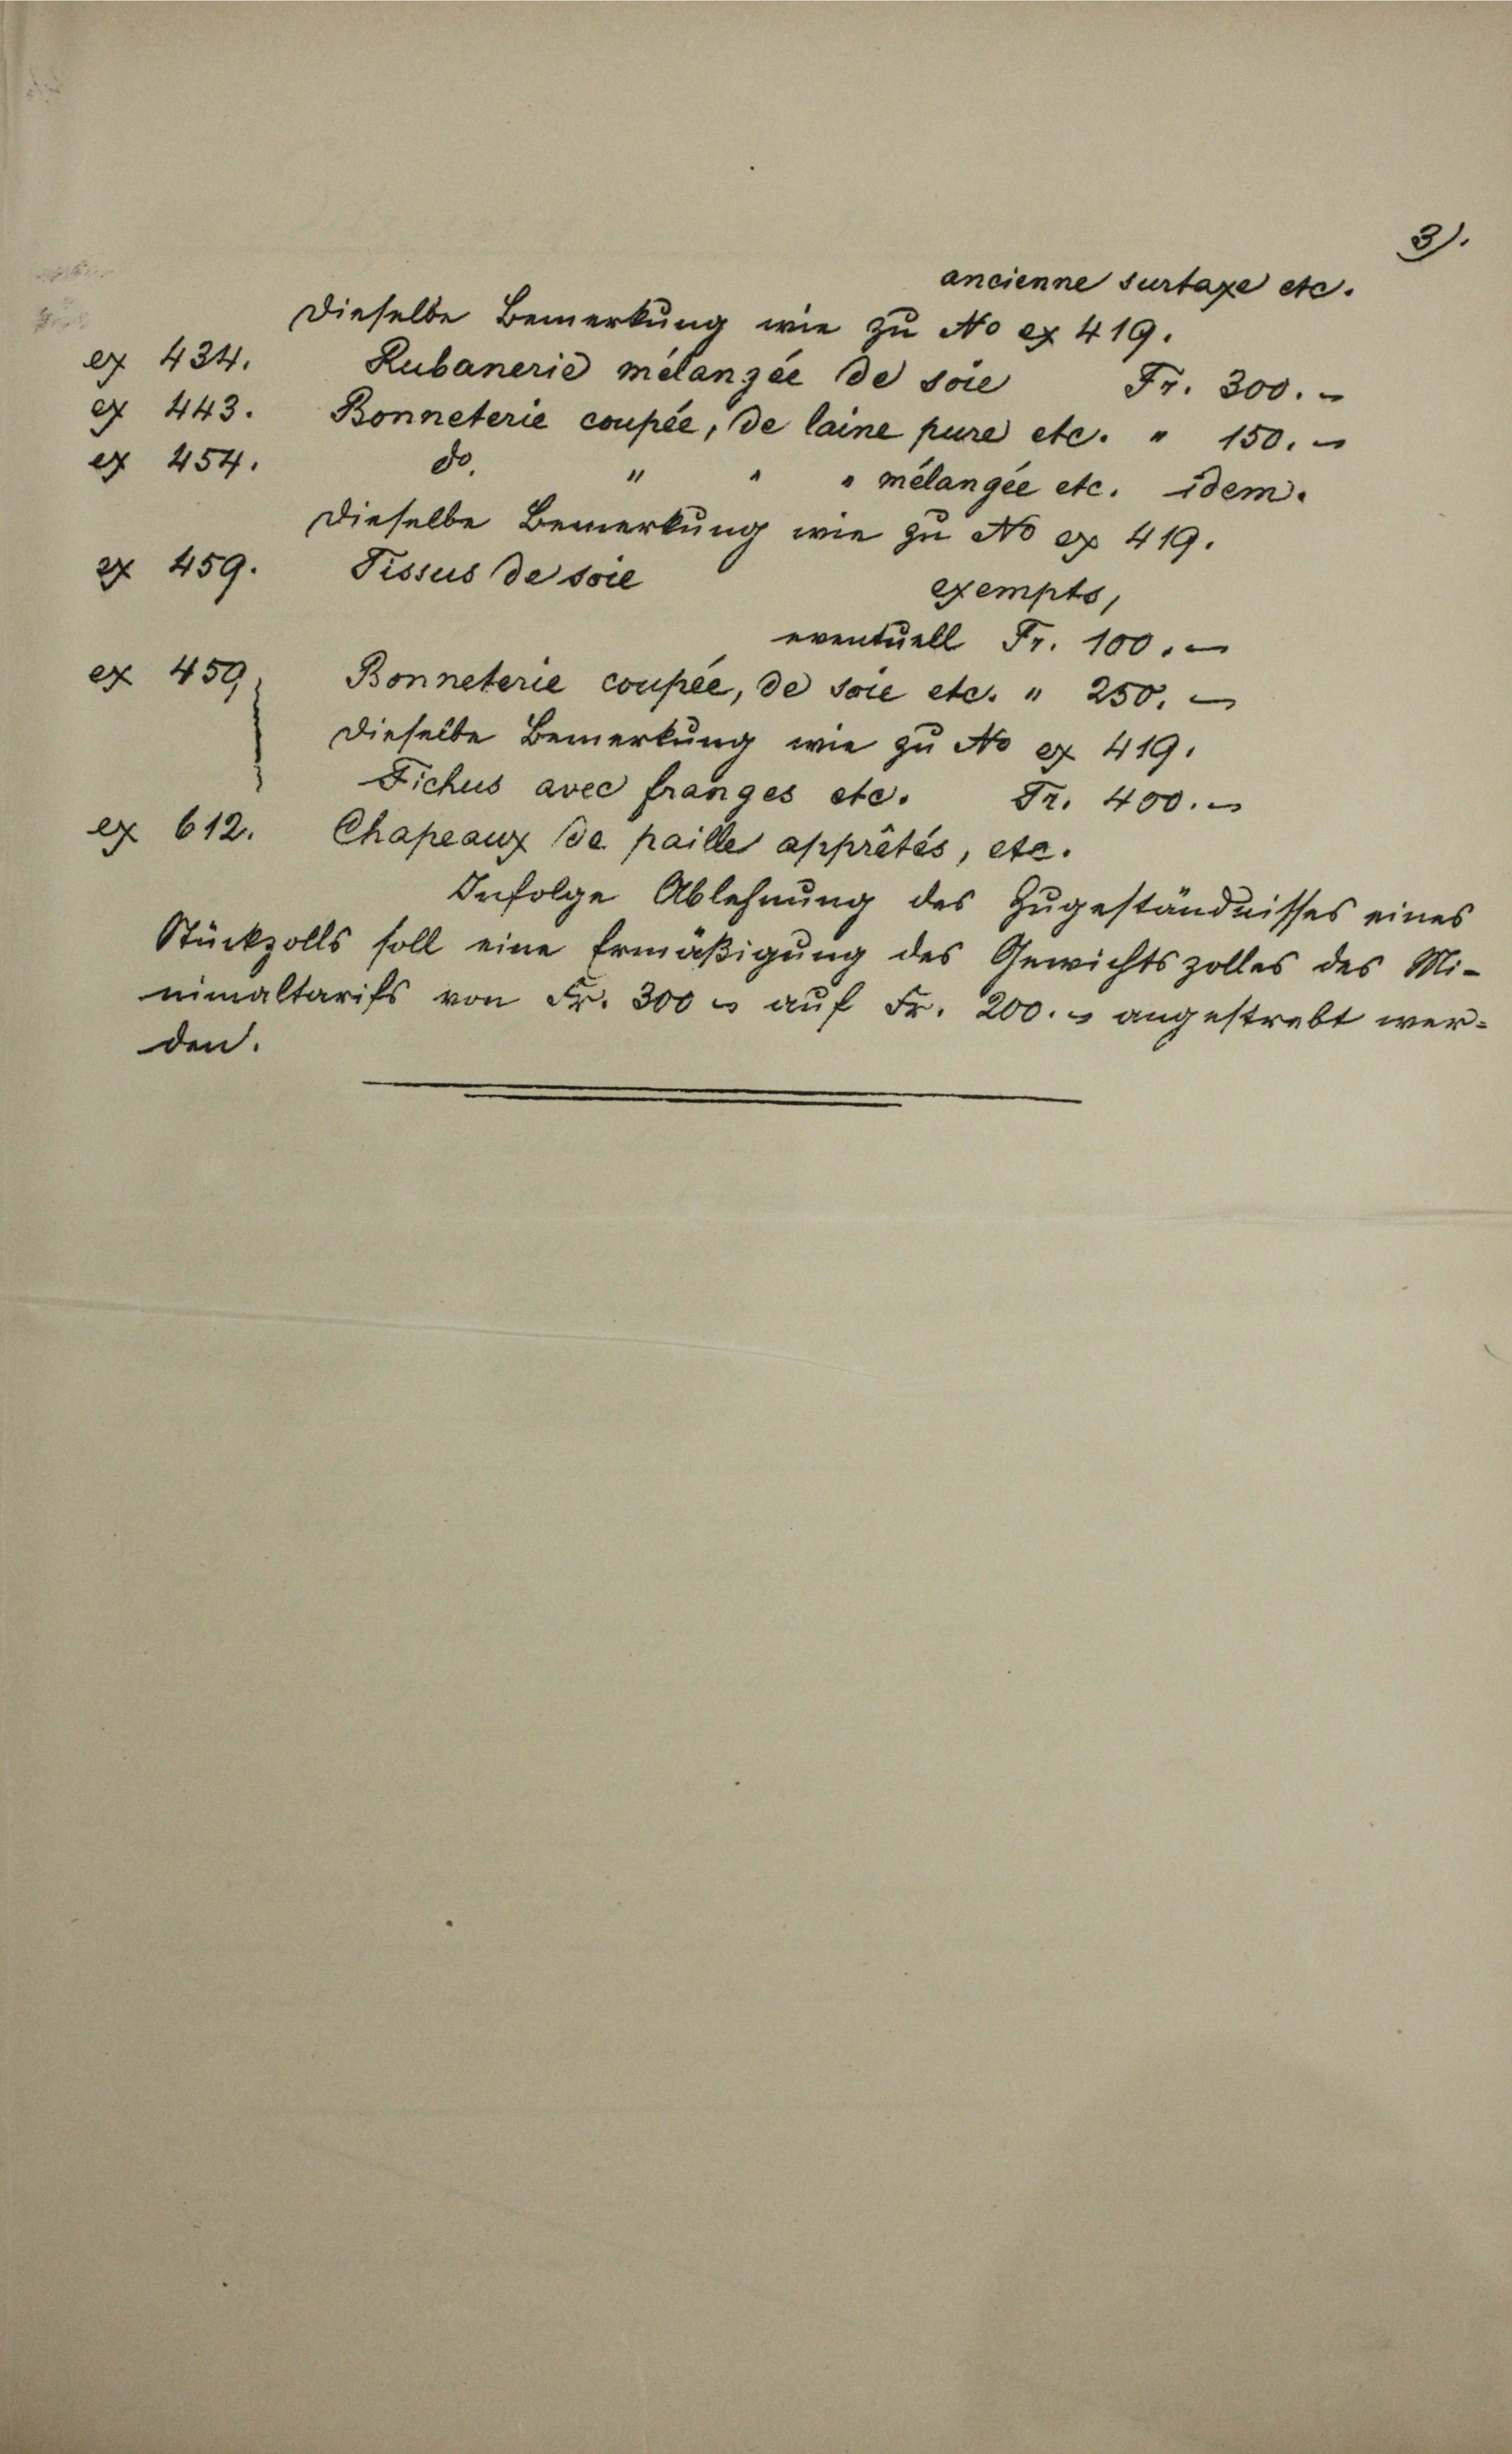
e 434.
§ 443.
e 454.

27. 459.

er 459.

ex 612.

den.

Dieselbe Bemerkung wie zu No ex 419.
Rubanerid mélangée de soie
Fr. 300.
Konneterie coupée, de laine pure etc.               150.
do
“
" "mélangie etc. idem
Dieselbe Bemerkung wie zu No er 419.
Pissus de soie
exempts,
eventuell Fr. 100.
Bonneterie coupée, de soie etc.  "     250.
Dieselbe Bemerkung, wie zu No 27. 419.
Fichus avec frangés etc. Fr. 400.
Chapeanz se paille apprétés, etc.
Infolge Ablehnung des Zugeständnisses eines
Stückzolls soll eine Ermäßigung des Gewichtszolles des Mi-
nimaltarifs von Fr. 300 u aŭf Fr. 200. angestrebt wer¬

ancienne surtaxe etc.

2.